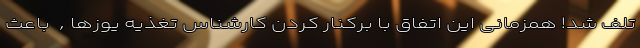
تلف شد! همزمانی این اتفاق با برکنار کردن کارشناس تغذیه یوزها, باعث